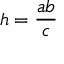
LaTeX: \displaystyle h = { \frac { a b } { c } }